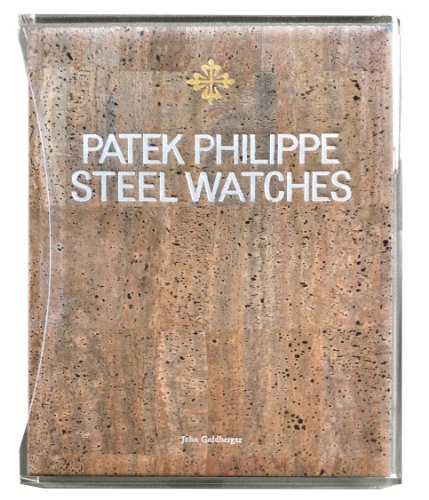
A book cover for Patek Philippe Steel Watches; Crafts, Hobbies & Home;